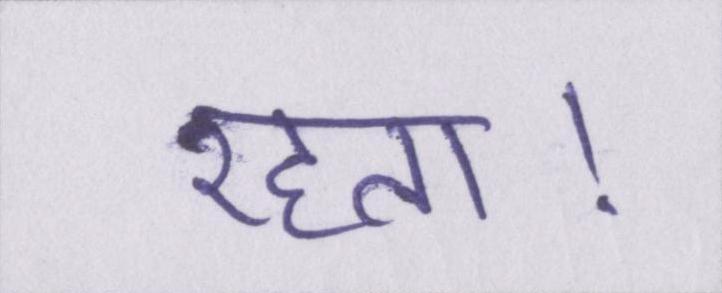
रहता।